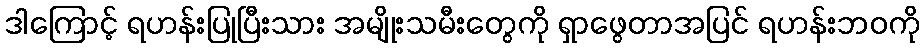
ဒါကြောင့် ရဟန်းပြုပြီးသား အမျိုးသမီးတွေကို ရှာဖွေတာအပြင် ရဟန်းဘဝကို